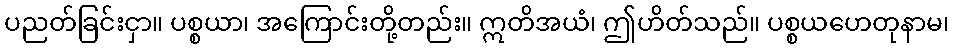
ပညတ်ခြင်းငှာ။ ပစ္စယာ၊ အကြောင်းတို့တည်း။ ဣတိအယံ၊ ဤဟိတ်သည်။ ပစ္စယဟေတုနာမ၊